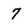
Character: 7